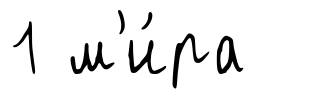
1 м'и́ра